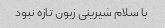
با سلام شیرینی زبون تازه نبود